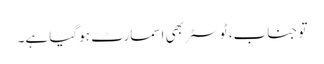
تو جناب، ٹوسٹر بھی اسمارٹ ہوگیا ہے۔